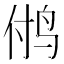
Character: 𱉜